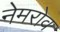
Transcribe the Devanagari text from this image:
नेमरोव